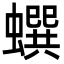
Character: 蟤